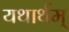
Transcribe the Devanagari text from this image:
यथार्थम्